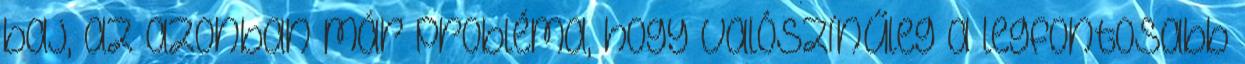
baj, az azonban már probléma, hogy valószínűleg a legfontosabb